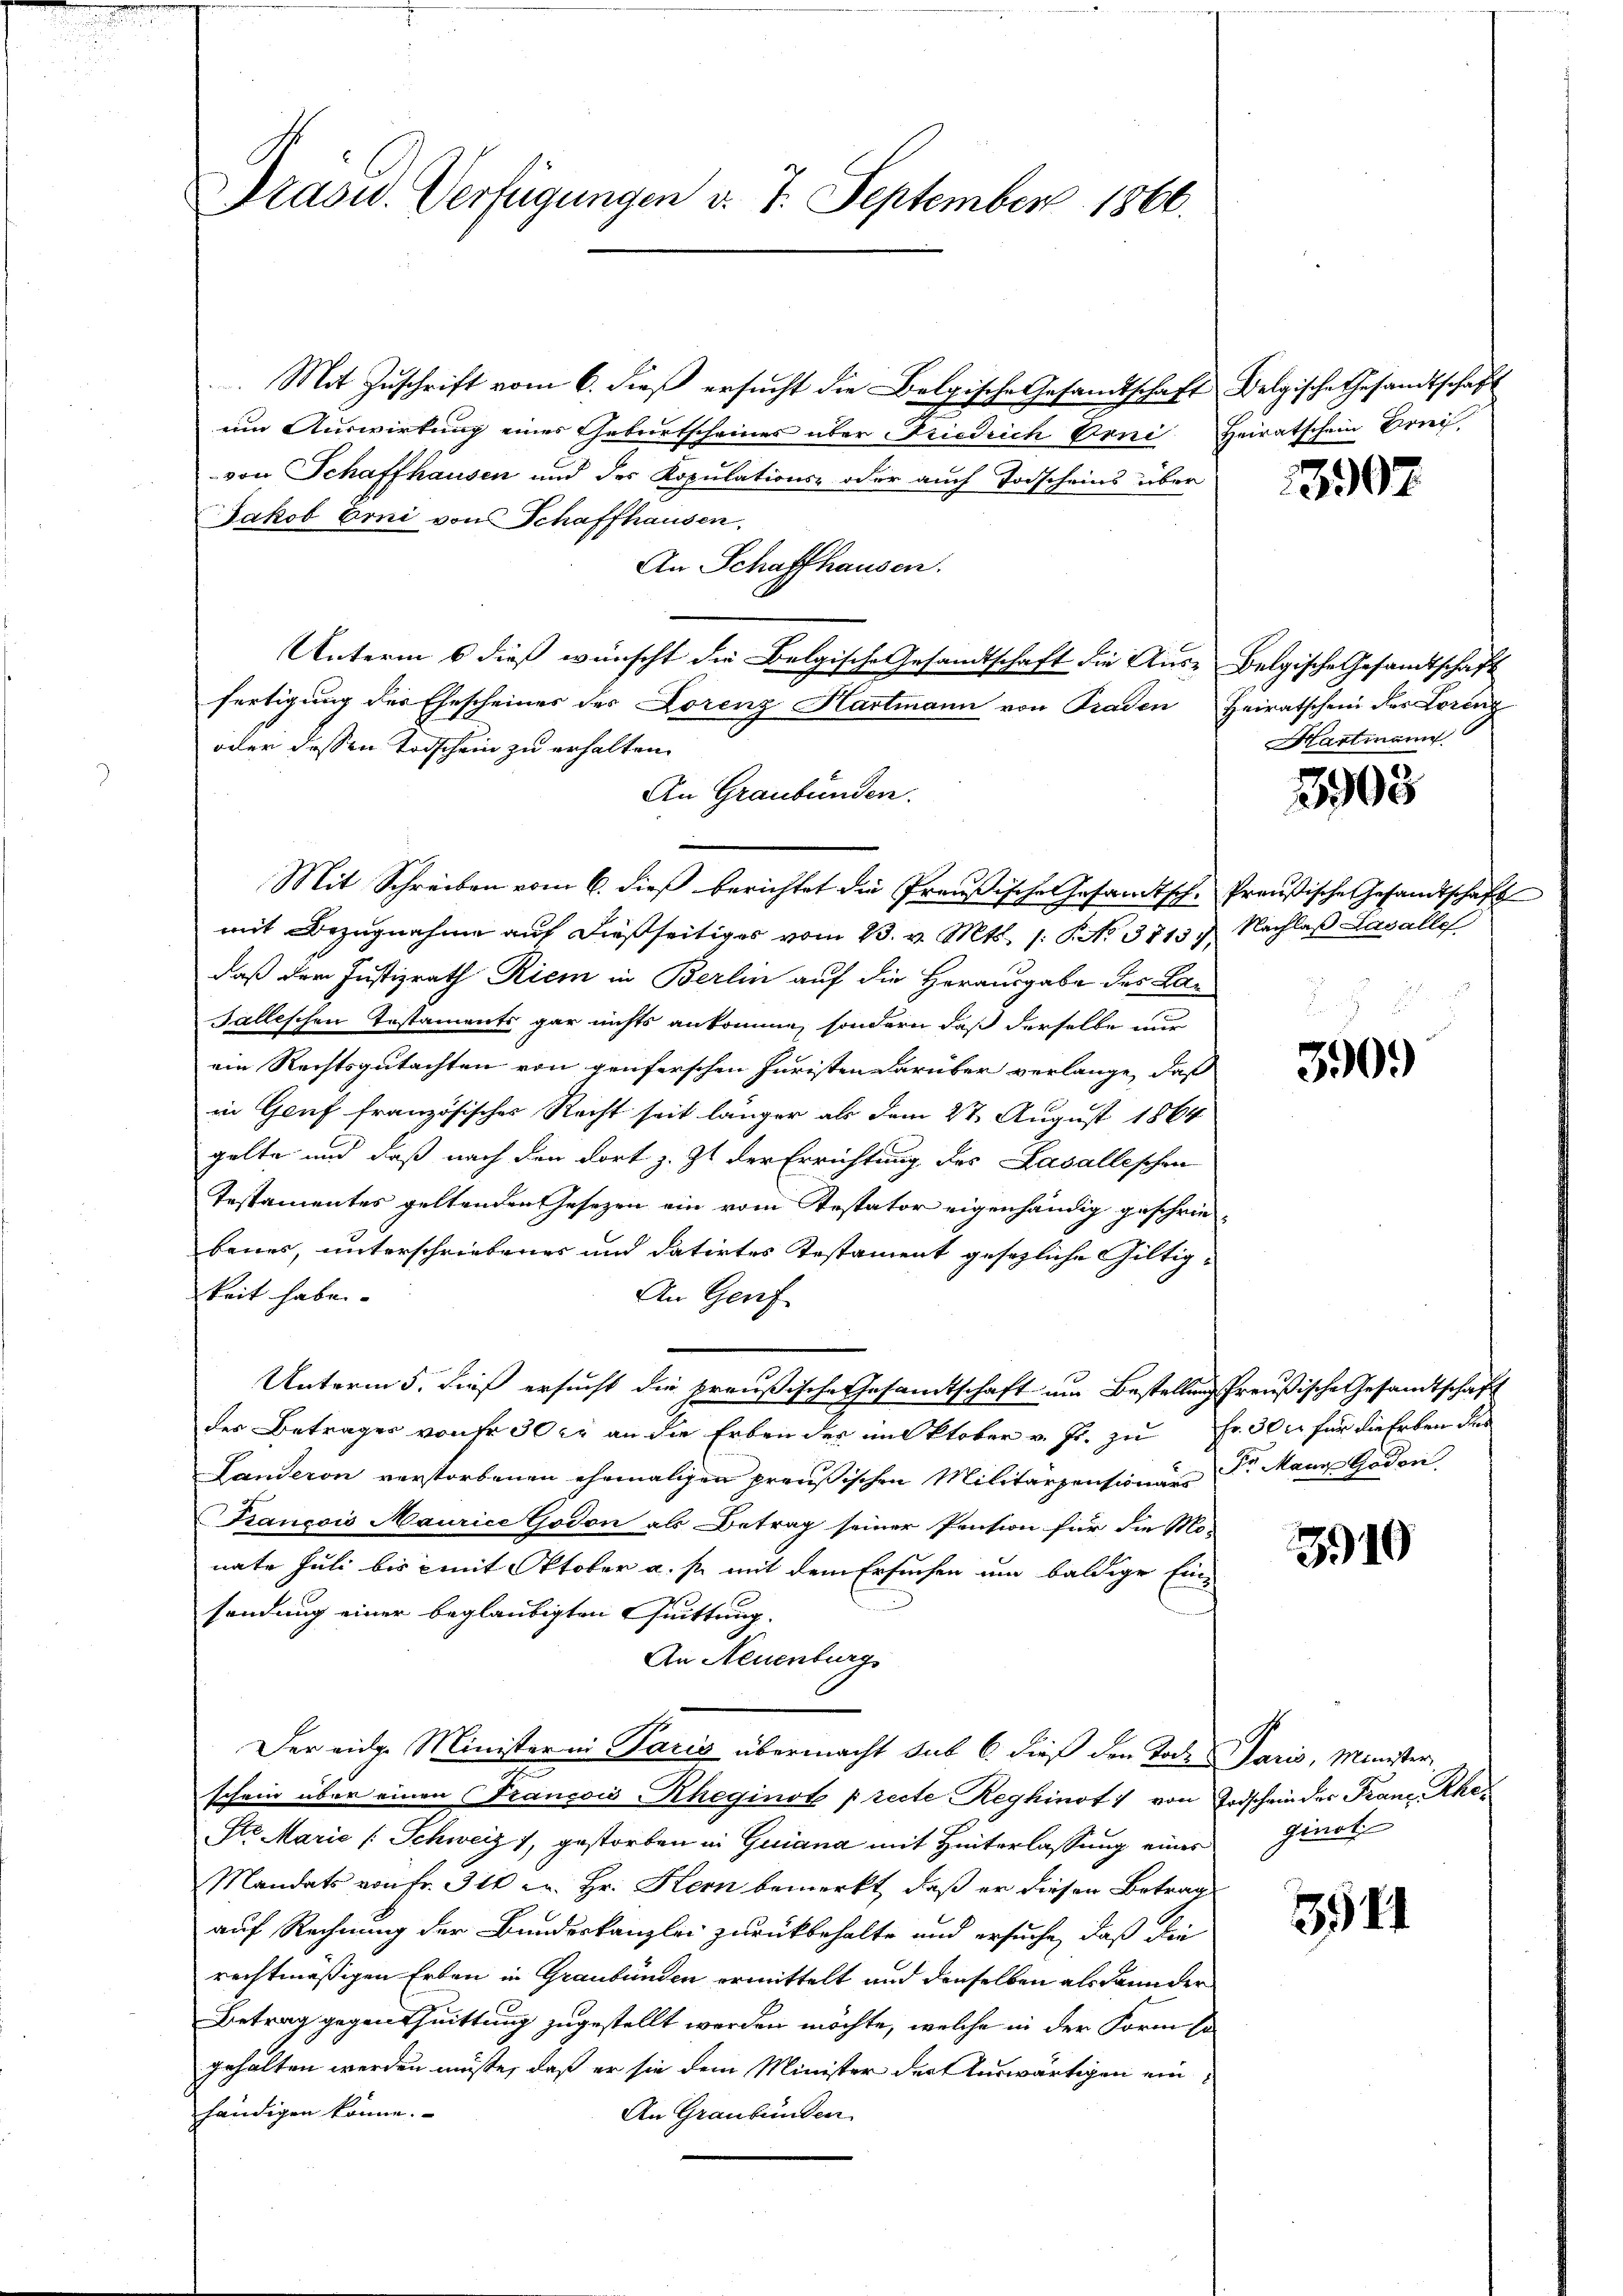
Präsid. Verfügungen v. 7. September 1860.

Mit Zuschrift vom 6. dieß ersucht die Bolgische Gesandtschaft
um Auswirkung eines Geburtscheines über Friedrich Doni
von Schaffhausen und der Kopulations- oder auch Todscheins über
Jakob Erni von Schaffhausen,
An Schaffhausen.
Unterm 6 dieß wünscht die Belgische Gesandtschaft die Aus- Belgische Gesandtschaft
fertigung der Ehescheines der Lorenz Hartmann von Traden
oder dessen Todschein zu erhalten.
An Graubünden.
Mit Schreiben vom 6. dieß berichtet die Preußische Gesandtschmit Bezugnahme auf dießseitiges vom 23. v. Mts. /: No 3813),
daß dem Justizrath Riem in Berlin auf die Herausgabe des Lan¬
Falleschen Testaments gar nichts ankomme, sondern daß derselbe nur
ein Rechtsgutachten von genferschen Juristen darüber verlange, daß
in Genf französisches Recht seit länger als dem 27. August 1864
gelte und daß nach den dort z. Zt. der Errichtung des Lasalleschen
Testamentes geltenden Gesezen ein vom Testator eigenhändig geschriebenes, unterschriebenes und datirtes Testament gesezliche Giltigkeit habe.
An Genf
Unterm 5. dieß ersucht die preußische Gesamtschaft um Bestellung Preußische Gesandtschaft
der Betrages von er 30 xr an die Erben des im Oktober v. Fr. zu
Landeron verstorbenen ehemaligen preußischen Militärpensionärs
François Maurice Godon als Betrag seiner Pension für die Mo-
nate Juli bis mit Oktober a. f. mit dem Ersuchen um baldige Einsendung einer beglaubigten Quittung.
An Neuenburg
Der eige Minister in Paris übermacht sub 6. dieß den Tode Paris, Minister
schein über einen Francois Kheginot precte Reghinot von Todschwinder Franz Rhe
Str. Marie [Schweiz 1, gestorben in Guiana mit Hinterlassung eines Ginot
Mandats von fr. 310 u. Hr. Kern bemerkt, daß er diesen Betrag
auf Rechnung der Bundeskanzlei zurückbehalte und ersuche, daß die
rechtmäßigen Erben in Graubünden ermittelt und denselben als Lannder
Betrag gegenschnittung zugestellt werden möchte, welche in der Form sa
gehalten werden müßte, daß er sie dem Minister der Auswärtigen einhändigen könne.
An Graubünden

Belgische Gesandtschaft
Heiratschein Berei.

1397

Heiratschein des Lorenz
Hartmann

3908

Preußische Gesandtschaft
Nachlaß Lavalle

3909

Fr. 30 xr für die Erben die
Sr Mann Goden.

310

3944